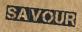
SAVOUR